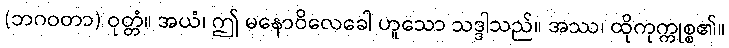
(ဘဂဝတာ) ဝုတ္တံ။ အယံ၊ ဤ မနောဝိလေခေါ ဟူသော သဒ္ဒါသည်။ အဿ၊ ထိုကုက္ကုစ္စ၏။